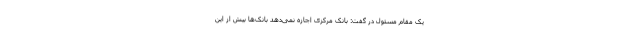
یک مقام مسئول در گفت: بانک مرکزی اجازه نمی‌دهد بانک‌ها بیش از این